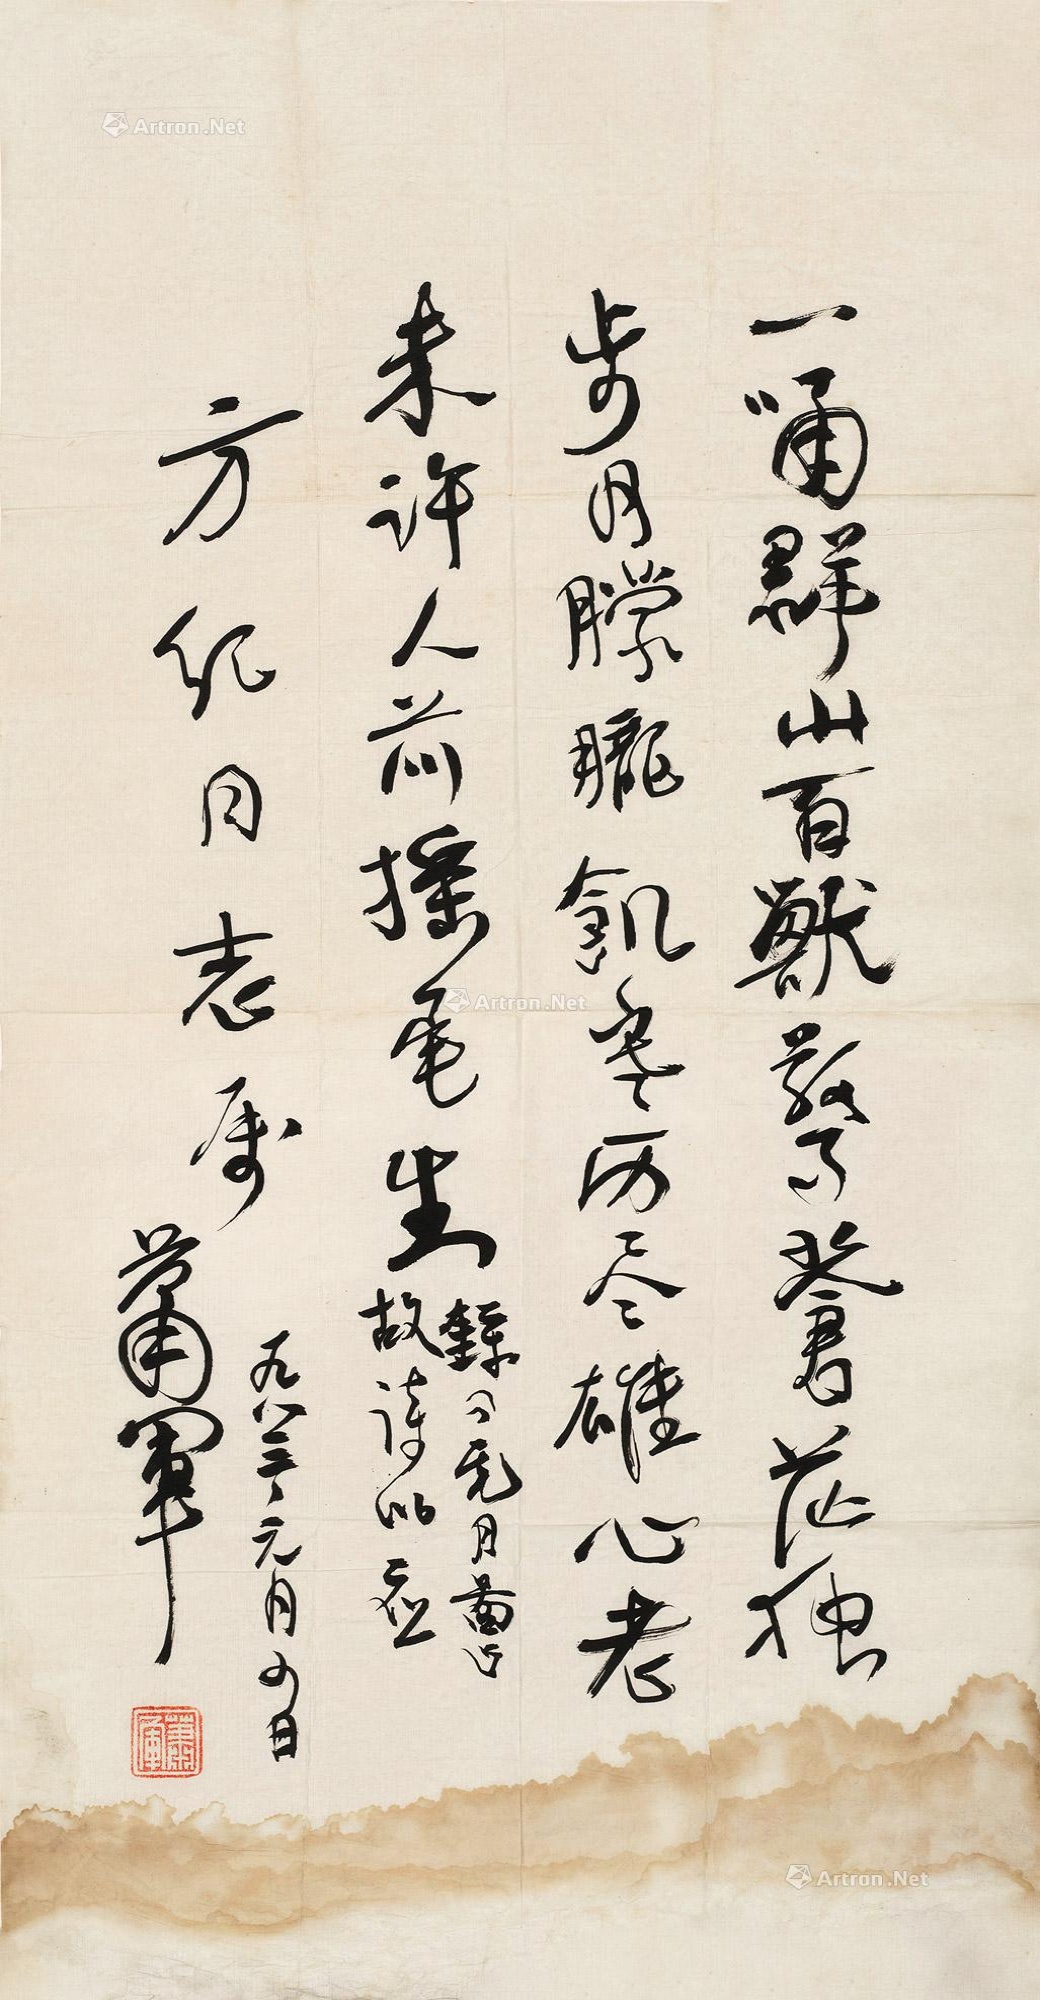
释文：一啸群山百兽惊，苍茫独步月朦胧。饥寒历尽雄心老，未许人前摇尾生。录《虎月图》故诗，以应方纪同志属，一九八三、元月四日。萧军。